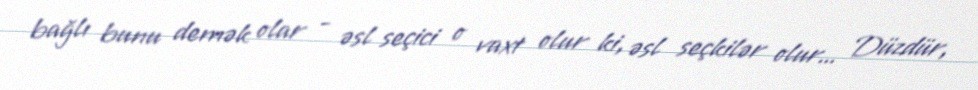
bağlı bunu demək olar - əsl seçici o vaxt olur ki, əsl seçkilər olur... Düzdür,